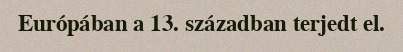
Európában a 13. században terjedt el.